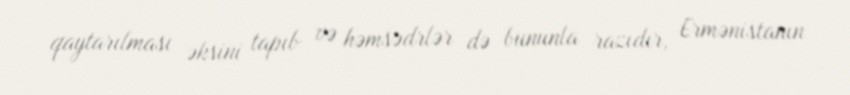
qaytarılması əksini tapıb və həmsədrlər də bununla razıdır, Ermənistanın